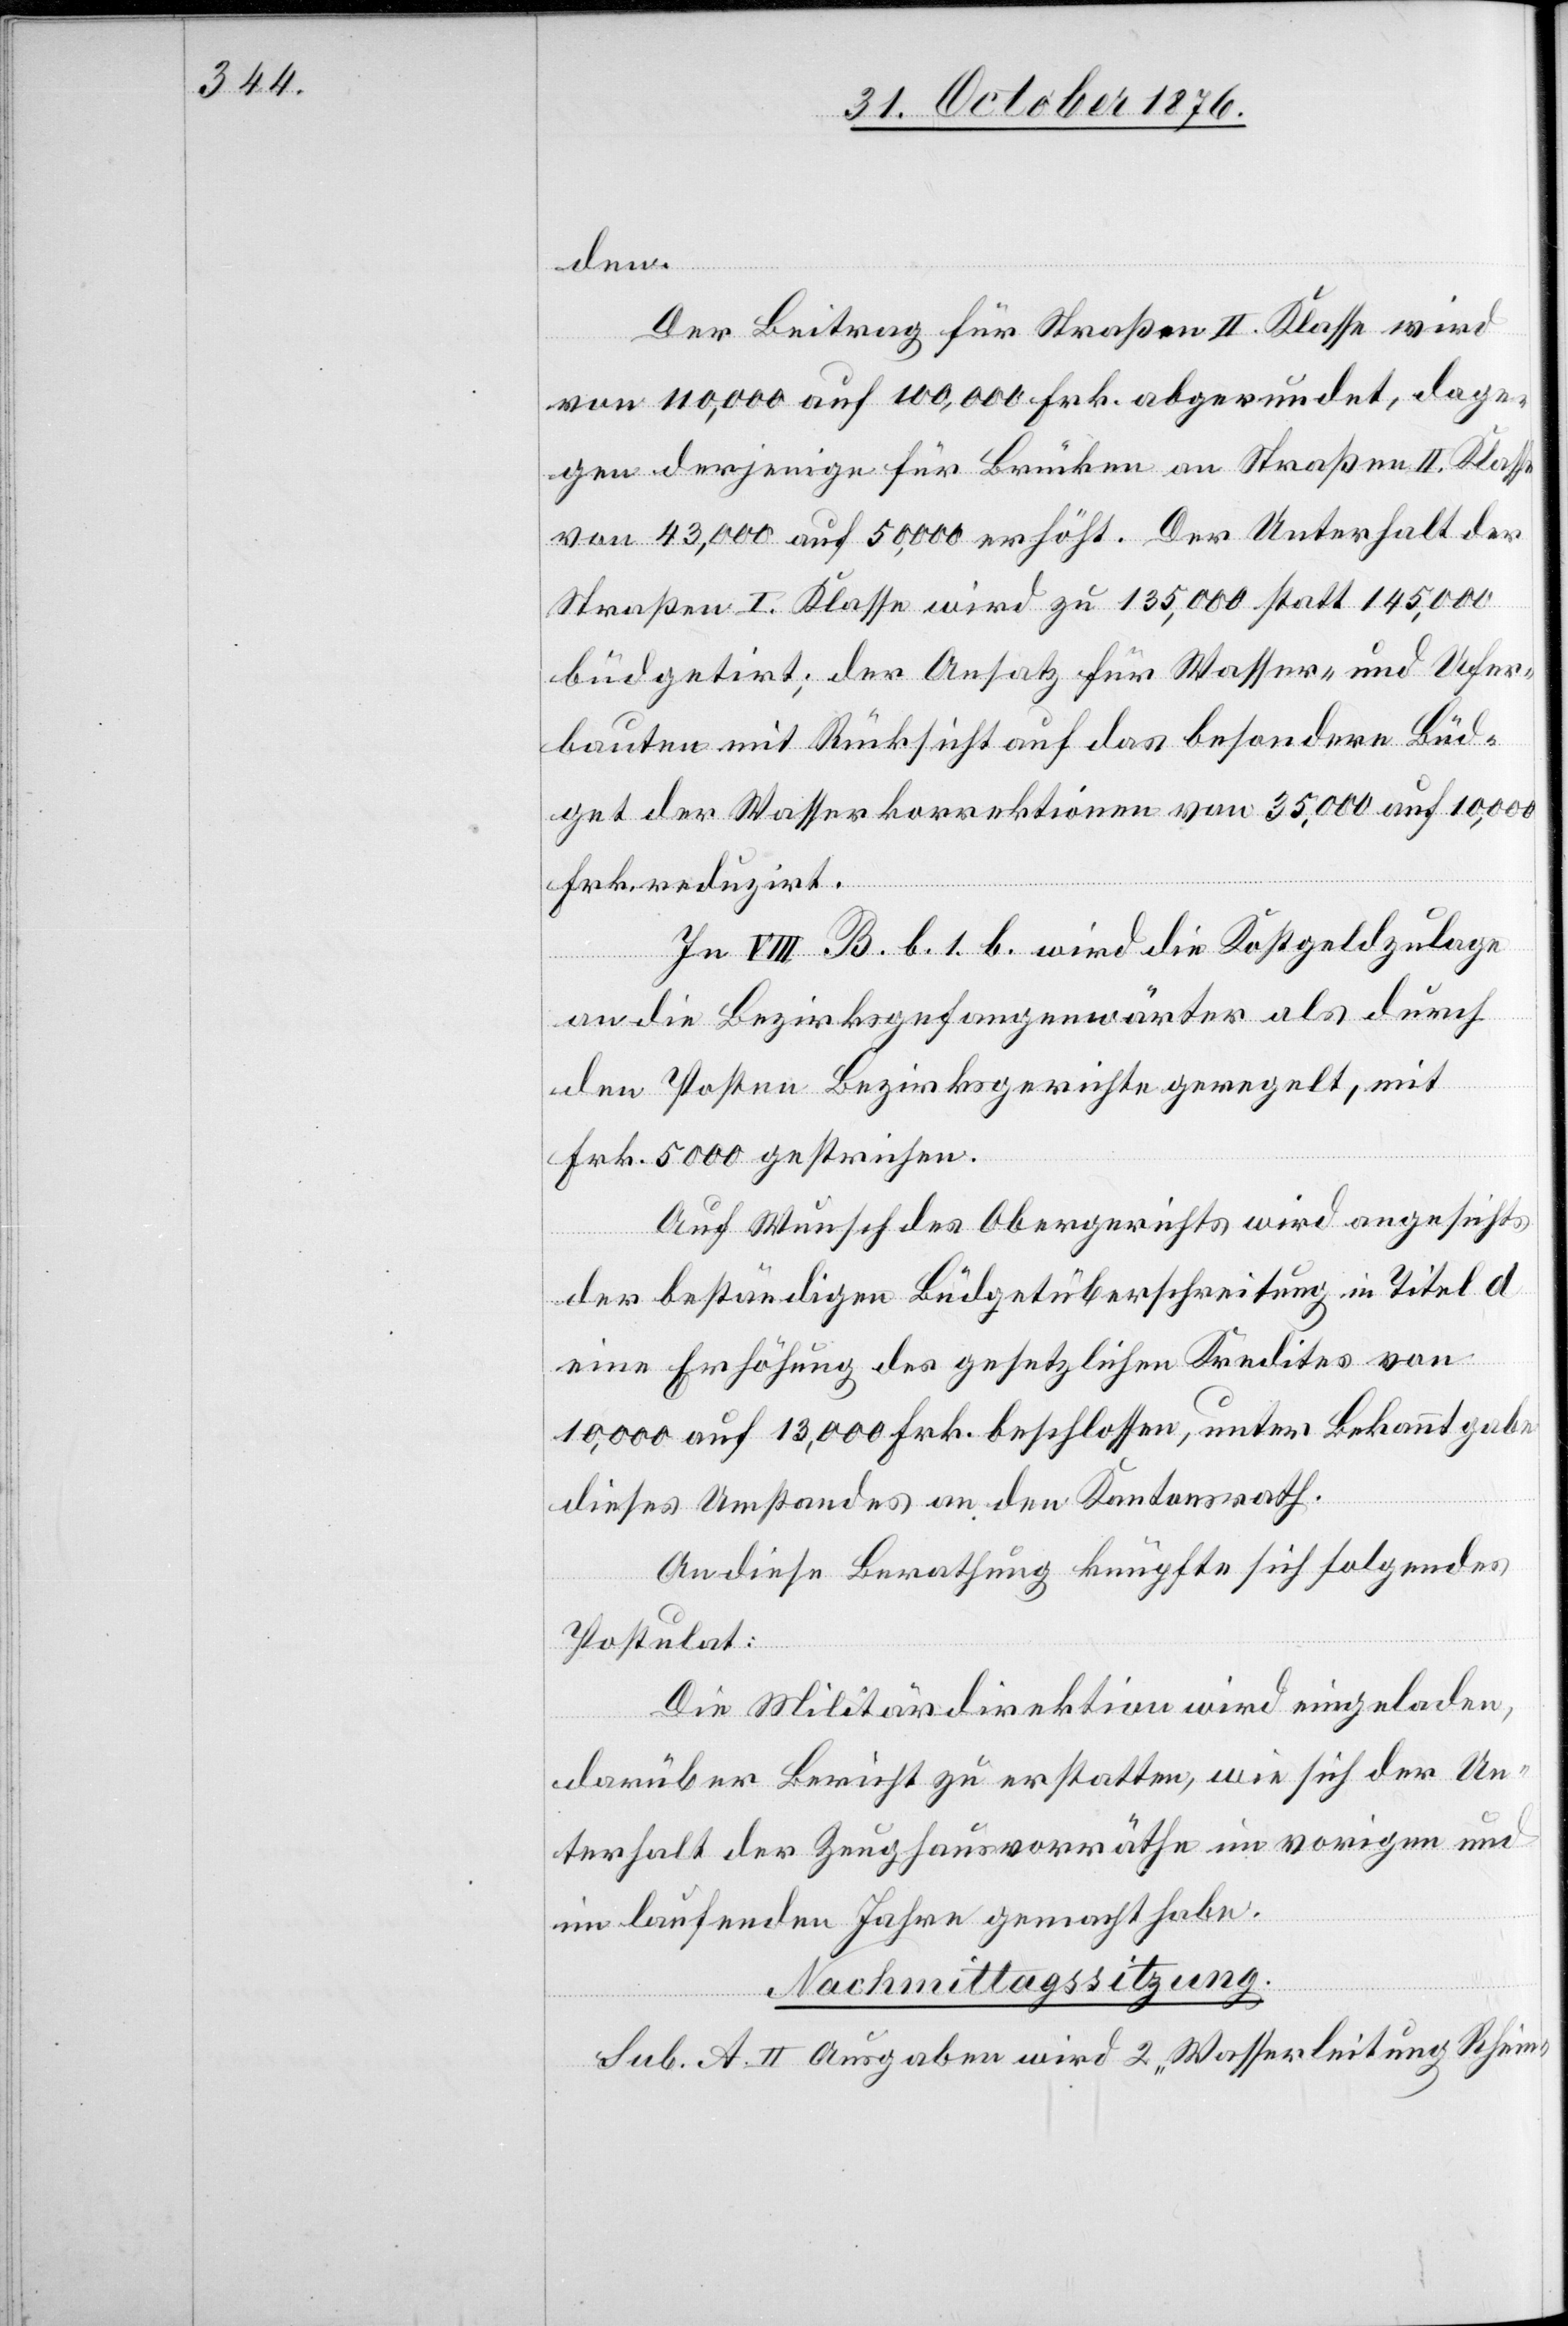
den.
Der Beitrag für Straßen II. Klasse wird
von 110,000 auf 100,000 Frk. abgerundet, dage¬
gen derjenige für Brücken an Straßen II. Klasse
von 43,000 auf 50,000 erhöht. Der Unterhalt der
Straßen I. Klasse wird zu 135,000 statt 145,000
büdgetirt; der Ansatz für Wasser- und Ufer¬
bauten mit Rücksicht auf das besondere Büd¬
get der Wasserkorrektionen von 35,000 auf 10,000
Frk. reduzirt.
In VIII. B. b. 1. b. wird die Kostgeldzulage
an die Bezirksgefangenenwärter als durch
den Posten Bezirksgerichte geregelt, mit
Frk. 5000 gestrichen.
Auf Wunsch des Obergerichts wird angesichts
der beständigen Büdgetüberschreitung in Titel d
eine Erhöhung des gesetzlichen Kredites von
10,000 auf 13,000 Frk. beschlossen, unter Bekanntgabe
dieses Umstandes an den Kantonsrath.
An diese Berathung knüpfte sich folgendes
Postulat:
Die Militärdirektion wird eingeladen,
darüber Bericht zu erstatten, wie sich der Un¬
terhalt der Zeughausvorräthe im vorigen und
im laufenden Jahre gemacht habe.
Nachmittagssitzung.
Sub. a. II. Ausgaben wird 2 „Wasserleitung Rhein-